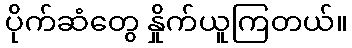
ပိုက်ဆံတွေ နှိုက်ယူကြတယ်။